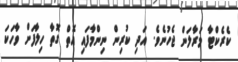
ކެރެކްޓާ މަރާލަން ޖެހުނެވެ. އަދި ކުރިން ނިންމާފައި އޮތް ގޮތާ ހިލާފަށް ވާހަކަ